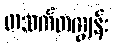
တသက်တကျွန်း